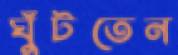
ঘুঁটতেন